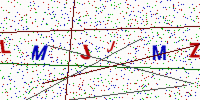
Text: LMJJMZL